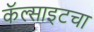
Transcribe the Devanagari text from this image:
कॅल्साइटचा